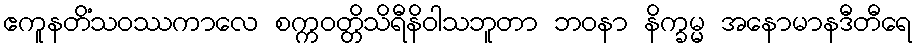
ဧကူနတိံသဝဿကာလေ စက္ကဝတ္တိသိရီနိဝါသဘူတာ ဘဝနာ နိက္ခမ္မ အနောမာနဒီတီရေ